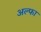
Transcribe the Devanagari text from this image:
अल्‍फा